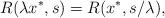
LaTeX: \begin{align*} R(\lambda x^\ast,s)=R(x^\ast,s/\lambda), \end{align*}